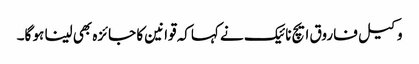
وکیل فاروق ایچ نائیک نے کہاکہ قوانین کا جائزہ بھی لینا ہو گا۔